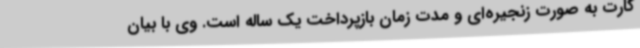
کارت به صورت زنجیره‌ای و مدت زمان بازپرداخت یک ساله است. وی با بیان